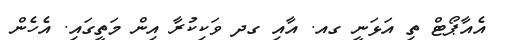
އެއާޕޯޓް ތި އަޅަނީ ގއ. އާއި ގދ ވަކިކުރާ އިން މަތީގައި. އެހެން